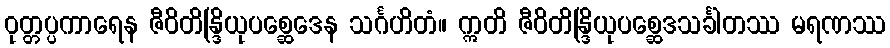
ဝုတ္တပ္ပကာရေန ဇီဝိတိန္ဒြိယုပစ္ဆေဒေန သင်္ဂဟိတံ။ ဣတိ ဇီဝိတိန္ဒြိယုပစ္ဆေဒသင်္ခါတဿ မရဏဿ